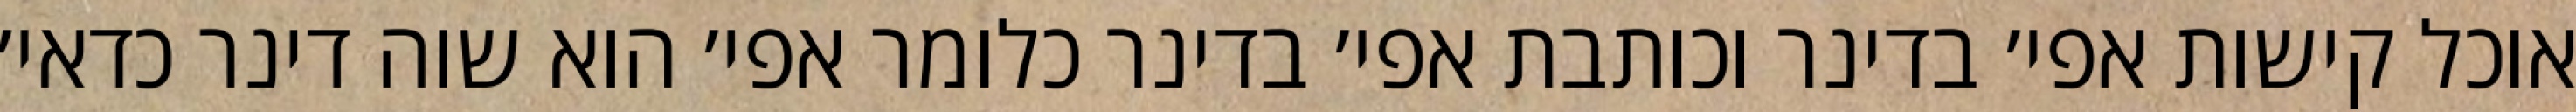
אוכל קישות אפי׳ בדינר וכותבת אפי׳ בדינר כלומר אפי׳ הוא שוה דינר כדאי׳